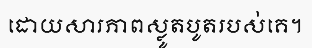
ដោយសារភាពស្លូតបូតរបស់គេ។